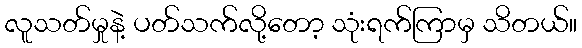
လူသတ်မှုနဲ့ ပတ်သက်လို့တော့ သုံးရက်ကြာမှ သိတယ်။